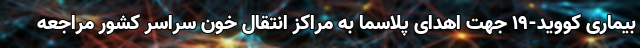
بیماری کووید-۱۹ جهت اهدای پلاسما به مراکز انتقال خون سراسر کشور مراجعه